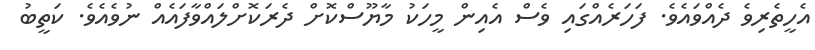
އެހީތެރިވެ ދެއްވައެވެ. ފަހަރެއްގައި ވެސް އެއިން މީހަކު މާޔޫސްކޮށް ދެރަކޮށްލައްވާފައެއް ނުވެއެވެ. ކަތީބު